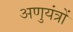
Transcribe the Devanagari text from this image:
अणुयंत्रों